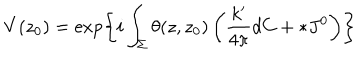
LaTeX: V ( z _ { 0 } ) = \exp \left\{ i \int _ { \Sigma } \theta ( z , z _ { 0 } ) \left( \frac { k ^ { \prime } } { 4 \pi } d C + * J ^ { 0 } \right) \right\}